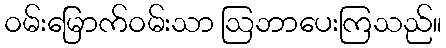
ဝမ်းမြောက်ဝမ်းသာ ဩဘာပေးကြသည်။